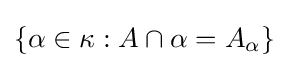
\{\alpha \in \kappa :A\cap \alpha =A_{\alpha }\}